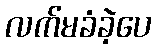
လက်မခံခဲ့ပေ